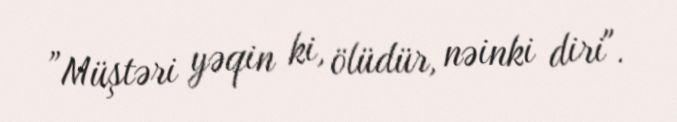
”Müştəri yəqin ki, ölüdür, nəinki diri".